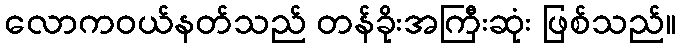
လောကဝယ်နတ်သည် တန်ခိုးအကြီးဆုံး ဖြစ်သည်။